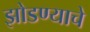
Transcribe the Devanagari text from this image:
झोडण्याचे